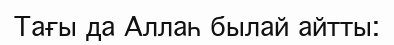
Тағы да Аллаһ былай айтты: